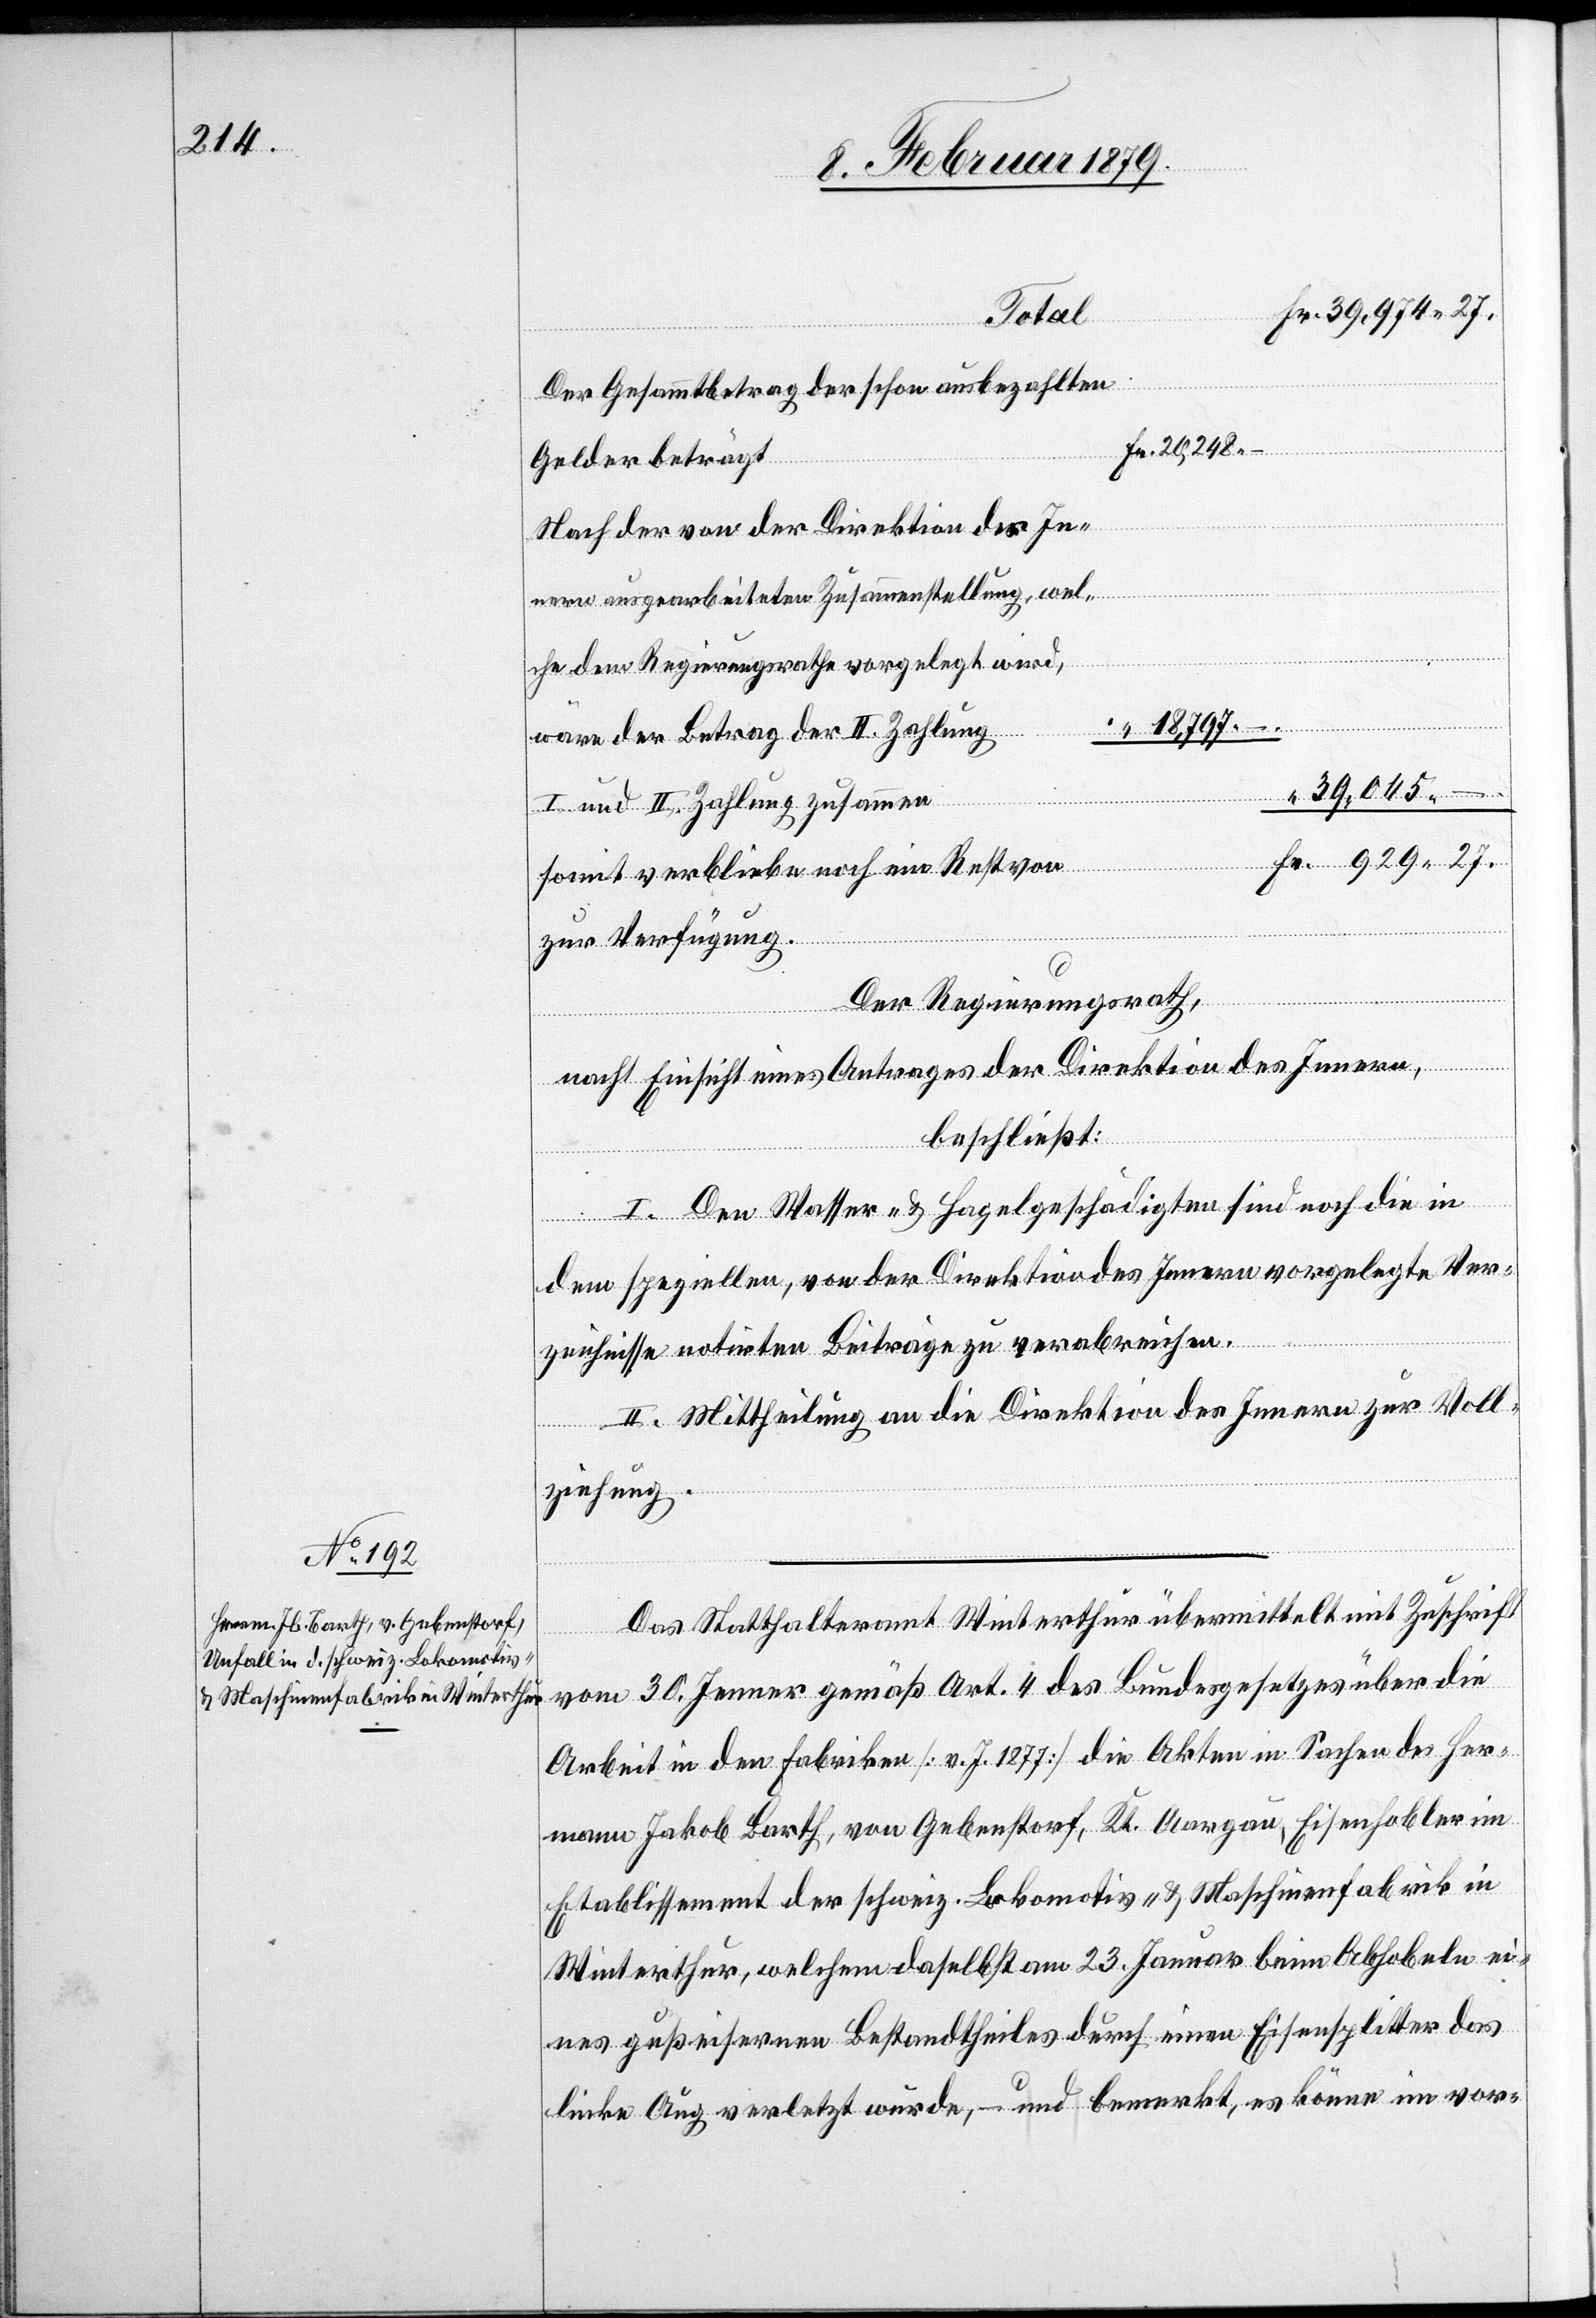
Fr.
Der Gesammtbetrag der schon ausbezahlten
Gelder beträgt
Nach der von der Direktion des In¬
nern ausgearbeiteten Zusammenstellung, wel¬
che dem Regierungsrathe vorgelegt wird,
“
18,797.–
wäre der Betrag der II. Zahlung
39,045.–
Ver¬
I. und II. Zahlung zusammen
929.27
somit verbliebe noch ein Rest von
zur Verfügung.
Der Regierungsrath,
nach Einsicht eines Antrages der Direktion des Innern,
beschließt:
I. Den Wasser- & Hagelgeschädigten sind noch die in
dem speziellen, von der Direktion des Innern vorgelegte [sic!]
zeichnisse notirten Beiträge zu verabreichen.
II. Mittheilung an die Direktion des Innern zur Voll¬
ziehung.
Das Statthalteramt Winterthur übermittelt mit Zuschrift
vom 30. Jenner gemäß Art. 4 des Bundesgesetzes über die
Arbeit in Fabriken [v. J. 1877] die Akten in Sachen des Her¬
mann Jakob Barth, von Gebenstorf, Kt. Aargau, Eisenhobler im
Etablissement der schweiz. Lokomotiv- & Maschinenfabrik in
Winterthur, welchem daselbst am 23. Januar beim Abhobeln ei¬
nes gußeisernen Bestandtheiles durch einen Eisensplitter das
linke Aug verletzt wurde, – und bemerkt, es könne im vor-